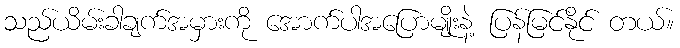
သည်ယိမ်းခါချက်အမှားကို အောက်ပါအပြောမျိုးနဲ့ ပြန်မြင်နိုင် တယ်။